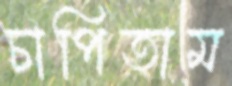
চাপিতাম